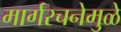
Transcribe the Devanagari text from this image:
मार्गरचनेमुळे